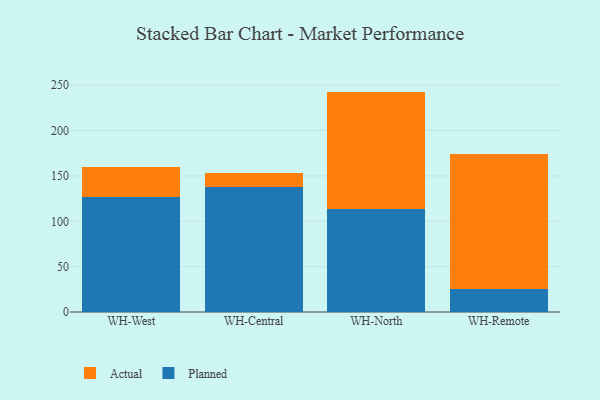
{"axis": {"x": "Warehouse", "y": "Production Output"}, "legend": ["Actual", "Planned"], "data": [{"x": "WH-West", "y": 127.0, "type": "Planned"}, {"x": "WH-West", "y": 33.1, "type": "Actual"}, {"x": "WH-Central", "y": 137.6, "type": "Planned"}, {"x": "WH-Central", "y": 15.2, "type": "Actual"}, {"x": "WH-North", "y": 113.5, "type": "Planned"}, {"x": "WH-North", "y": 129.5, "type": "Actual"}, {"x": "WH-Remote", "y": 25.3, "type": "Planned"}, {"x": "WH-Remote", "y": 148.6, "type": "Actual"}]}